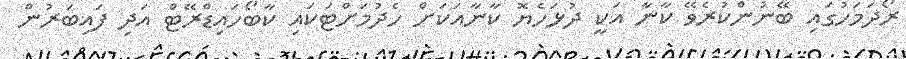
ރޯދަމަހުގައި ބޭނުންކުރެވޭ ކާނާ އަކީ ދުޅަހެޔޮ ކާނާއަކަށް ހެދުމަށްޓަކައި ކާބޯހައިޑްރޭޓް އަދި ފައިބަރުން